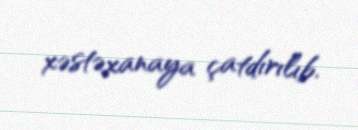
xəstəxanaya çatdırılıb.